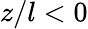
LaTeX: z/l<0